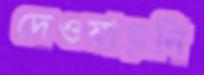
দেওয়ায়নি